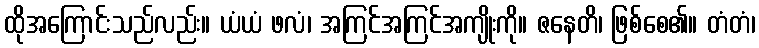
ထိုအကြောင်းသည်လည်း။ ယံယံ ဖလံ၊ အကြင်အကြင်အကျိုးကို။ ဇနေတိ၊ ဖြစ်စေ၏။ တံတံ၊